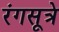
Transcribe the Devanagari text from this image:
रंगसूत्रे